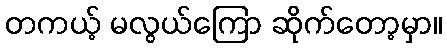
တကယ့် မလွယ်ကြော ဆိုက်တော့မှာ။